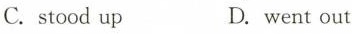
C.stood up D. went out